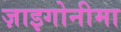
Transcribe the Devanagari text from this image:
ज़ाइगोनीमा